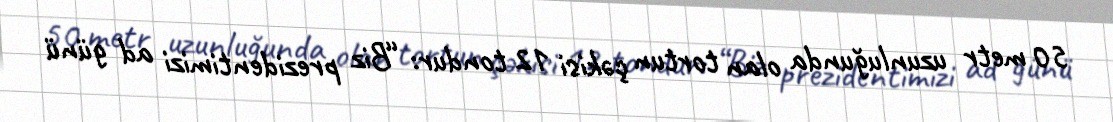
50 metr uzunluğunda olan tortun çəkisi 12 tondur: “Biz prezidentimizi ad günü